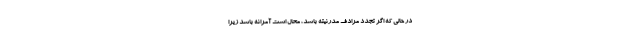
در حالی که اگر تجدد مرادف مدرنیته باشد، محال است آمرانه باشد زیرا